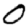
Digit: 0